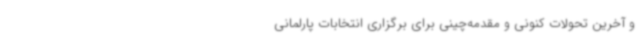
و آخرین تحولات کنونی و مقدمه‌چینی برای برگزاری انتخابات پارلمانی